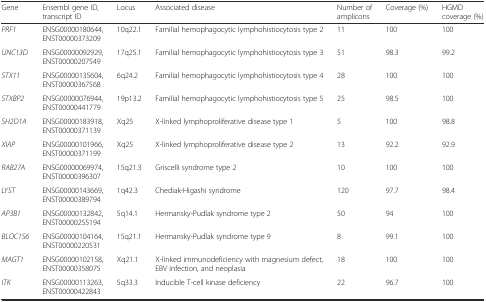
<table><thead><tr><td><b>Gene</b></td><td><b>Ensembl gene ID, transcript ID</b></td><td><b>Locus</b></td><td><b>Associated disease</b></td><td><b>Number of amplicons</b></td><td><b>Coverage (%)</b></td><td><b>HGMD coverage (%)</b></td></tr></thead><tbody><tr><td><i>PRF1</i></td><td>ENSG00000180644, ENST00000373209</td><td>10q22.1</td><td>Familial hemophagocytic lymphohistiocytosis type 2</td><td>11</td><td>100</td><td>100</td></tr><tr><td><i>UNC13D</i></td><td>ENSG00000092929, ENST00000207549</td><td>17q25.1</td><td>Familial hemophagocytic lymphohistiocytosis type 3</td><td>51</td><td>98.3</td><td>99.2</td></tr><tr><td><i>STX11</i></td><td>ENSG00000135604, ENST00000367568</td><td>6q24.2</td><td>Familial hemophagocytic lymphohistiocytosis type 4</td><td>28</td><td>100</td><td>100</td></tr><tr><td><i>STXBP2</i></td><td>ENSG00000076944, ENST00000441779</td><td>19p13.2</td><td>Familial hemophagocytic lymphohistiocytosis type 5</td><td>25</td><td>98.5</td><td>100</td></tr><tr><td><i>SH2D1A</i></td><td>ENSG00000183918, ENST00000371139</td><td>Xq25</td><td>X-linked lymphoproliferative disease type 1</td><td>5</td><td>100</td><td>98.8</td></tr><tr><td><i>XIAP</i></td><td>ENSG00000101966, ENST00000371199</td><td>Xq25</td><td>X-linked lymphoproliferative disease type 2</td><td>13</td><td>92.2</td><td>92.9</td></tr><tr><td><i>RAB27A</i></td><td>ENSG00000069974, ENST00000396307</td><td>15q21.3</td><td>Griscelli syndrome type 2</td><td>10</td><td>100</td><td>100</td></tr><tr><td><i>LYST</i></td><td>ENSG00000143669, ENST00000389794</td><td>1q42.3</td><td>Chediak-Higashi syndrome</td><td>120</td><td>97.7</td><td>98.4</td></tr><tr><td><i>AP3B1</i></td><td>ENSG00000132842, ENST00000255194</td><td>5q14.1</td><td>Hermansky-Pudlak syndrome type 2</td><td>50</td><td>94</td><td>100</td></tr><tr><td><i>BLOC1S6</i></td><td>ENSG00000104164, ENST00000220531</td><td>15q21.1</td><td>Hermansky-Pudlak syndrome type 9</td><td>8</td><td>99.1</td><td>100</td></tr><tr><td><i>MAGT1</i></td><td>ENSG00000102158, ENST00000358075</td><td>Xq21.1</td><td>X-linked immunodeficiency with magnesium defect, EBV infection, and neoplasia</td><td>18</td><td>100</td><td>100</td></tr><tr><td><i>ITK</i></td><td>ENSG00000113263, ENST00000422843</td><td>5q33.3</td><td>Inducible T-cell kinase deficiency</td><td>22</td><td>96.7</td><td>100</td></tr></tbody></table>